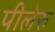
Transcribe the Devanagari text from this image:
पीलेरु